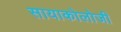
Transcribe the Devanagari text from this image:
सायाकोलोजी